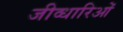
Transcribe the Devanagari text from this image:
जीव्धारिओं